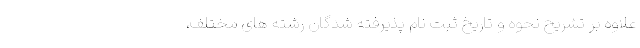
علاوه بر تشریح نحوه و تاریخ ثبت نام پذیرفته شدگان رشته های مختلف،